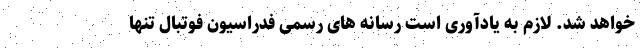
خواهد شد. لازم به یادآوری است رسانه های رسمی فدراسیون فوتبال تنها